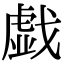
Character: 戯